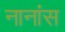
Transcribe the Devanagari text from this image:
नानांस